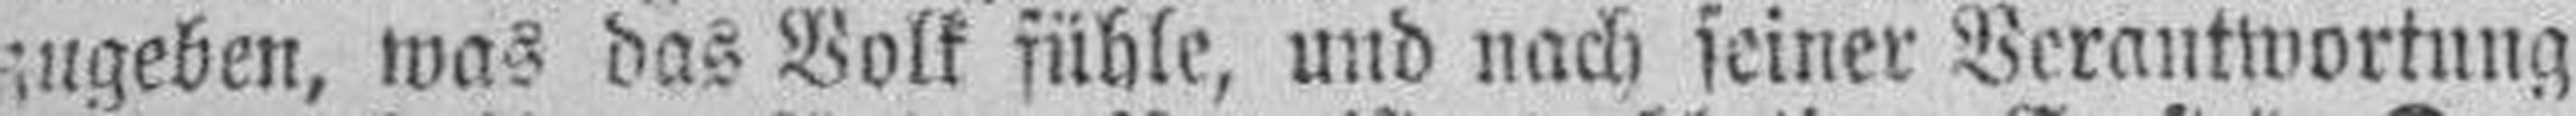
zugeben, was das Volk fühle, und nach seiner Verantwortung